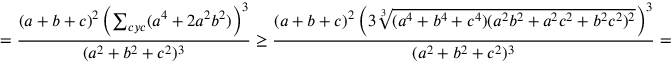
= \frac { ( a + b + c ) ^ { 2 } \left( \sum _ { c y c } ( a ^ { 4 } + 2 a ^ { 2 } b ^ { 2 } ) \right) ^ { 3 } } { ( a ^ { 2 } + b ^ { 2 } + c ^ { 2 } ) ^ { 3 } } \geq \frac { ( a + b + c ) ^ { 2 } \left( 3 \sqrt [ 3 ] { ( a ^ { 4 } + b ^ { 4 } + c ^ { 4 } ) ( a ^ { 2 } b ^ { 2 } + a ^ { 2 } c ^ { 2 } + b ^ { 2 } c ^ { 2 } ) ^ { 2 } } \right) ^ { 3 } } { ( a ^ { 2 } + b ^ { 2 } + c ^ { 2 } ) ^ { 3 } } =